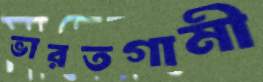
ভারতগামী